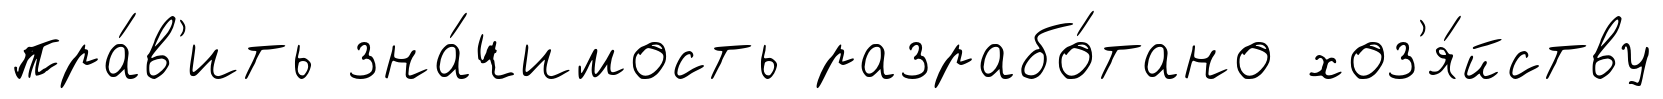
пра́в'ить зна́чимость разрабо́тано хоз'я́йству